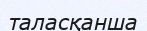
таласқанша